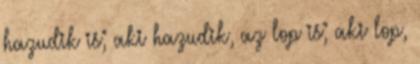
hazudik is; aki hazudik, az lop is; aki lop,